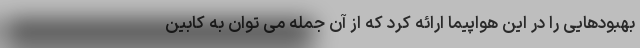
بهبودهایی را در این هواپیما ارائه کرد که از آن جمله می توان به کابین